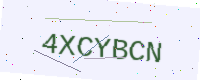
Text: 4XCYBCN